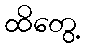
ထိတွေ့